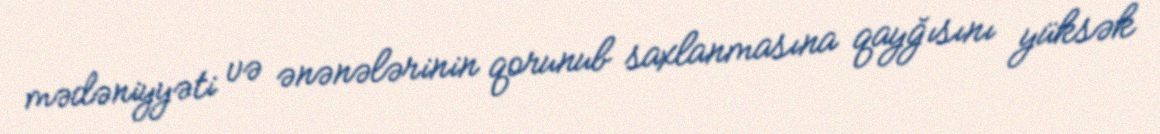
mədəniyyəti və ənənələrinin qorunub saxlanmasına qayğısını yüksək